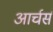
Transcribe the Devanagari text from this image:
आर्चर्स